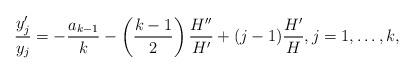
LaTeX: \begin{align*} \frac{y_j'}{y_j} = - \frac{a_{k-1}}k - \left( \frac{k-1}2 \right) \frac{H''}{H'} + (j-1) \frac{H'}{H} , j=1, \ldots, k,\end{align*}